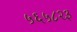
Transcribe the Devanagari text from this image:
५६५८२३